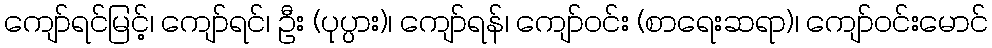
ကျော်ရင်မြင့်၊ ကျော်ရင်၊ ဦး (ပုပ္ပား)၊ ကျော်ရန်၊ ကျော်ဝင်း (စာရေးဆရာ)၊ ကျော်ဝင်းမောင်